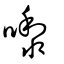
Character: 嚟